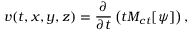
v ( t , x , y , z ) = { \frac { \partial } { \partial t } } \left( t M _ { c t } [ \psi ] \right) ,